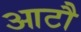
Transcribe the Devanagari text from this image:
आटौ